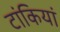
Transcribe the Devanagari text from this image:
टांकियां